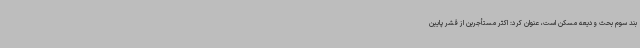
بند سوم بحث ودیعه مسکن است، عنوان کرد: اکثر مستأجرین از قشر پایین